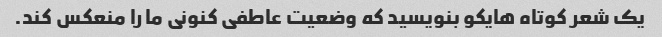
یک شعر کوتاه هایکو بنویسید که وضعیت عاطفی کنونی ما را منعکس کند.